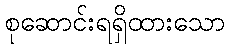
စုဆောင်းရရှိထားသော